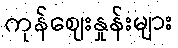
ကုန်ဈေးနှုန်းများ